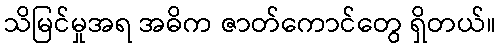
သိမြင်မှုအရ အဓိက ဇာတ်ကောင်တွေ ရှိတယ်။